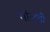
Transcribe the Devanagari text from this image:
माँसची